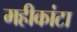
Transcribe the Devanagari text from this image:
महीकांटा